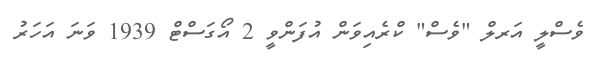
ވެސްލީ އަރލް "ވެސް" ކްރެއިވަން އުފަންވީ 2 އޯގަސްޓް 1939 ވަނަ އަހަރު